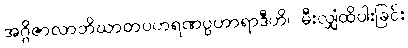
အဂ္ဂိဇာလာဘိဃာတပဟရဏပ္ပဟာရာဒီဟိ၊ မီးလျှံထိပါးခြင်း